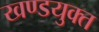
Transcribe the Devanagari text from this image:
खण्डयुक्त